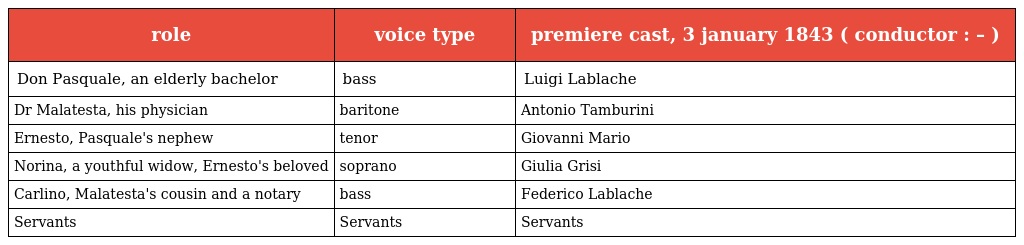
| role | voice type | premiere cast, 3 january 1843 ( conductor : – ) |
 | --- | --- | --- |
 | Don Pasquale, an elderly bachelor | bass | Luigi Lablache |
 | Dr Malatesta, his physician | baritone | Antonio Tamburini |
 | Ernesto, Pasquale's nephew | tenor | Giovanni Mario |
 | Norina, a youthful widow, Ernesto's beloved | soprano | Giulia Grisi |
 | Carlino, Malatesta's cousin and a notary | bass | Federico Lablache |
 | Servants | Servants | Servants |